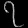
Digit: ၇